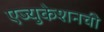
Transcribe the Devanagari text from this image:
एज्युकेशनची